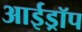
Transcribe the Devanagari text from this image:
आईड्रॉप